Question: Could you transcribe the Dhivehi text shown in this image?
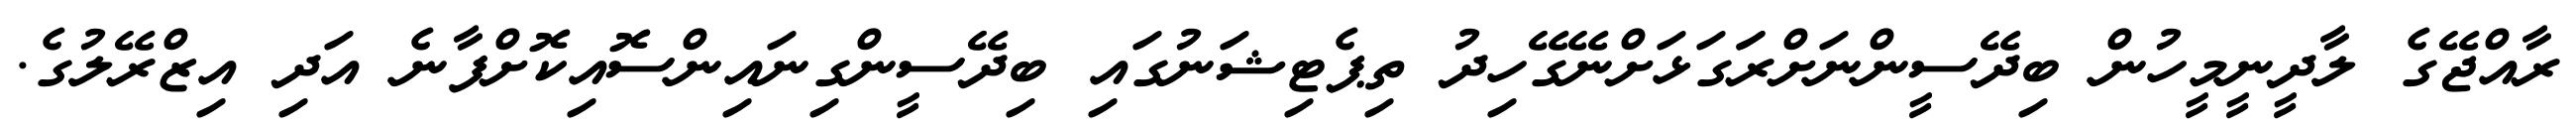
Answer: ރާއްޖޭގެ ލާދީނީމީހުން ބިދޭސީންނަށްރަަގަޅަށްނޭގޭހިދު ތިޕެޓިޝަނުގައި ބިދޭސީންގިނައިންސޮއިކޮށްފާނެ އަދި އިޒްރޭލުގެ.